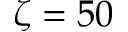
\zeta = 5 0